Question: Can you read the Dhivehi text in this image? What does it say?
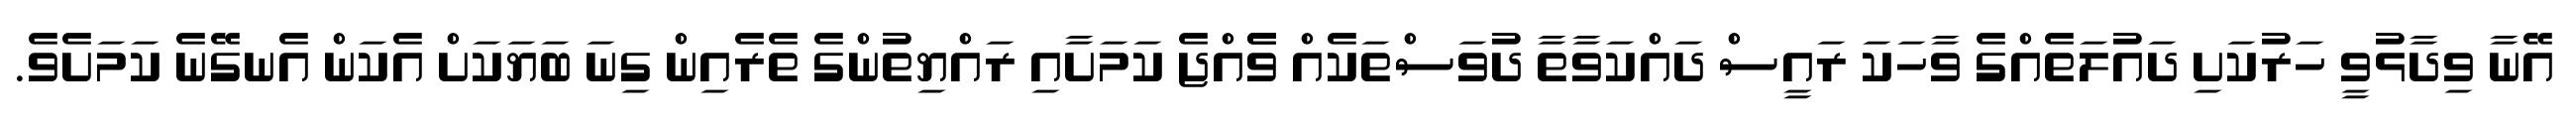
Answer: އޭނާ ވިދާޅުވީ ހަރުކަށި ދައުލަތެއްގެ ވާހަކަ ރައީސް ދައްކަވާތާ ދުވަސްތަކެއް ވެެއްޖެ ކަމަށާއި ރައްޔިތުންގެ ތެރެއިން ގިނަ ބަޔަކަށް އެކަން އެނގޭނެ ކަމަށެވެ.